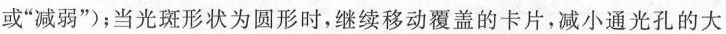
或”减弱”)；当光斑形状为圆形时，继续移动覆盖的卡片，减小通光孔的大